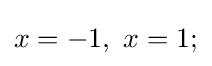
x=-1,\ x=1;